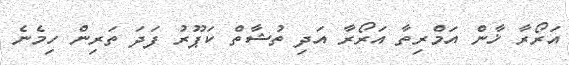
އަރޯރާ ޚާން އަމްރިތާ އަރޯރާ އަދި ތުޝާތް ކަޕޫރު ފަދަ ތަރިން ހިމެނެ